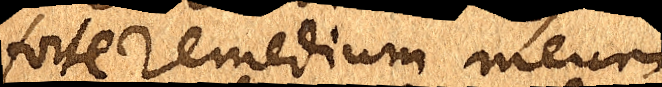
forte remedium meum